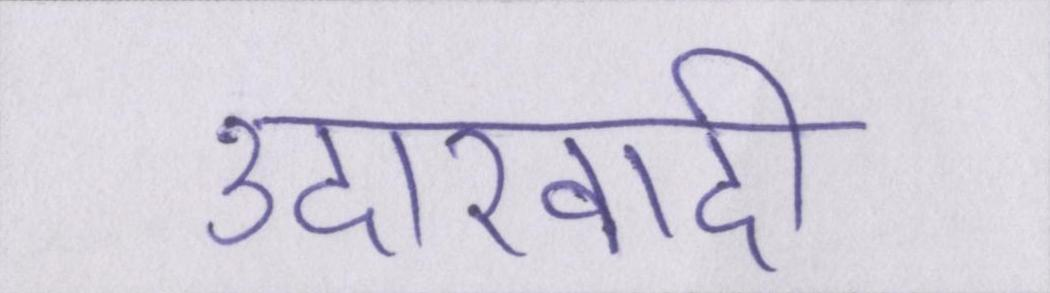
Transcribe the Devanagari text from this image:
उदारवादी